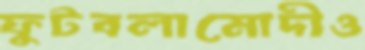
ফুটবলামোদীও